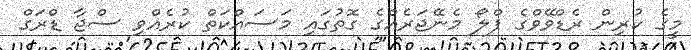
މީގެ ކުރިން ރެޑްވޭވްގެ ފްލޯ މެނޭޖަރެއްގެ ގޮތުގައި މަސައްކަތް ކުރެއްވި ސްޖާ ޑްރަގް